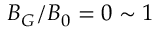
B _ { G } / B _ { 0 } = 0 \sim 1